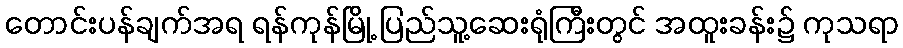
တောင်းပန်ချက်အရ ရန်ကုန်မြို့ ပြည်သူ့ဆေးရုံကြီးတွင် အထူးခန်း၌ ကုသရာ